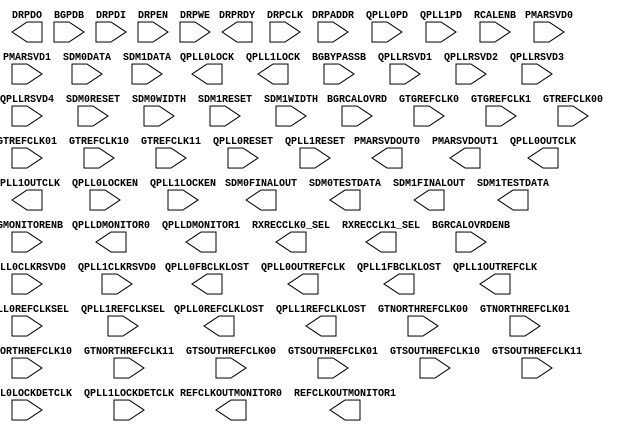
///////////////////////////////////////////////////////////////////////////////
//  Copyright (c) 1995/2015 Xilinx, Inc.
//  All Right Reserved.
///////////////////////////////////////////////////////////////////////////////
//
//   ____   ___
//  /   /\/   / 
// /___/  \  /     Vendor      : Xilinx 
// \   \   \/      Version     : 2015.4
//  \   \          Description : Xilinx Formal Library Component
//  /   /                        
// /___/   /\      Filename    : GTYE3_COMMON.v
// \   \  /  \ 
//  \___\/\___\                    
//                                 
///////////////////////////////////////////////////////////////////////////////
//  Revision:
//
//  End Revision:
///////////////////////////////////////////////////////////////////////////////

`timescale 1 ps / 1 ps 

`celldefine

module GTYE3_COMMON #(
  `ifdef XIL_TIMING //Simprim 
  parameter LOC = "UNPLACED",  
  `endif
  parameter [15:0] A_SDM1DATA1_0 = 16'b0000000000000000,
  parameter [8:0] A_SDM1DATA1_1 = 9'b000000000,
  parameter [15:0] BIAS_CFG0 = 16'h0000,
  parameter [15:0] BIAS_CFG1 = 16'h0000,
  parameter [15:0] BIAS_CFG2 = 16'h0000,
  parameter [15:0] BIAS_CFG3 = 16'h0000,
  parameter [15:0] BIAS_CFG4 = 16'h0000,
  parameter [9:0] BIAS_CFG_RSVD = 10'b0000000000,
  parameter [15:0] COMMON_CFG0 = 16'h0000,
  parameter [15:0] COMMON_CFG1 = 16'h0000,
  parameter [15:0] POR_CFG = 16'h0004,
  parameter [15:0] PPF0_CFG = 16'h0FFF,
  parameter [15:0] PPF1_CFG = 16'h0FFF,
  parameter QPLL0CLKOUT_RATE = "FULL",
  parameter [15:0] QPLL0_CFG0 = 16'h301C,
  parameter [15:0] QPLL0_CFG1 = 16'h0000,
  parameter [15:0] QPLL0_CFG1_G3 = 16'h0020,
  parameter [15:0] QPLL0_CFG2 = 16'h0780,
  parameter [15:0] QPLL0_CFG2_G3 = 16'h0780,
  parameter [15:0] QPLL0_CFG3 = 16'h0120,
  parameter [15:0] QPLL0_CFG4 = 16'h0021,
  parameter [9:0] QPLL0_CP = 10'b0000011111,
  parameter [9:0] QPLL0_CP_G3 = 10'b0000011111,
  parameter integer QPLL0_FBDIV = 66,
  parameter integer QPLL0_FBDIV_G3 = 80,
  parameter [15:0] QPLL0_INIT_CFG0 = 16'h0000,
  parameter [7:0] QPLL0_INIT_CFG1 = 8'h00,
  parameter [15:0] QPLL0_LOCK_CFG = 16'h01E8,
  parameter [15:0] QPLL0_LOCK_CFG_G3 = 16'h21E8,
  parameter [9:0] QPLL0_LPF = 10'b1111111111,
  parameter [9:0] QPLL0_LPF_G3 = 10'b1111111111,
  parameter integer QPLL0_REFCLK_DIV = 2,
  parameter [15:0] QPLL0_SDM_CFG0 = 16'h0040,
  parameter [15:0] QPLL0_SDM_CFG1 = 16'h0000,
  parameter [15:0] QPLL0_SDM_CFG2 = 16'h0000,
  parameter QPLL1CLKOUT_RATE = "FULL",
  parameter [15:0] QPLL1_CFG0 = 16'h301C,
  parameter [15:0] QPLL1_CFG1 = 16'h0000,
  parameter [15:0] QPLL1_CFG1_G3 = 16'h0020,
  parameter [15:0] QPLL1_CFG2 = 16'h0780,
  parameter [15:0] QPLL1_CFG2_G3 = 16'h0780,
  parameter [15:0] QPLL1_CFG3 = 16'h0120,
  parameter [15:0] QPLL1_CFG4 = 16'h0021,
  parameter [9:0] QPLL1_CP = 10'b0000011111,
  parameter [9:0] QPLL1_CP_G3 = 10'b0000011111,
  parameter integer QPLL1_FBDIV = 66,
  parameter integer QPLL1_FBDIV_G3 = 80,
  parameter [15:0] QPLL1_INIT_CFG0 = 16'h0000,
  parameter [7:0] QPLL1_INIT_CFG1 = 8'h00,
  parameter [15:0] QPLL1_LOCK_CFG = 16'h01E8,
  parameter [15:0] QPLL1_LOCK_CFG_G3 = 16'h21E8,
  parameter [9:0] QPLL1_LPF = 10'b1111111111,
  parameter [9:0] QPLL1_LPF_G3 = 10'b1111111111,
  parameter integer QPLL1_REFCLK_DIV = 2,
  parameter [15:0] QPLL1_SDM_CFG0 = 16'h0040,
  parameter [15:0] QPLL1_SDM_CFG1 = 16'h0000,
  parameter [15:0] QPLL1_SDM_CFG2 = 16'h0000,
  parameter [15:0] RSVD_ATTR0 = 16'h0000,
  parameter [15:0] RSVD_ATTR1 = 16'h0000,
  parameter [15:0] RSVD_ATTR2 = 16'h0000,
  parameter [15:0] RSVD_ATTR3 = 16'h0000,
  parameter [1:0] RXRECCLKOUT0_SEL = 2'b00,
  parameter [1:0] RXRECCLKOUT1_SEL = 2'b00,
  parameter [0:0] SARC_EN = 1'b1,
  parameter [0:0] SARC_SEL = 1'b0,
  parameter [15:0] SDM0INITSEED0_0 = 16'b0000000000000000,
  parameter [8:0] SDM0INITSEED0_1 = 9'b000000000,
  parameter [15:0] SDM1INITSEED0_0 = 16'b0000000000000000,
  parameter [8:0] SDM1INITSEED0_1 = 9'b000000000,
  parameter SIM_MODE = "FAST",
  parameter SIM_RESET_SPEEDUP = "TRUE",
  parameter integer SIM_VERSION = 2
)(
  output [15:0] DRPDO,
  output DRPRDY,
  output [7:0] PMARSVDOUT0,
  output [7:0] PMARSVDOUT1,
  output QPLL0FBCLKLOST,
  output QPLL0LOCK,
  output QPLL0OUTCLK,
  output QPLL0OUTREFCLK,
  output QPLL0REFCLKLOST,
  output QPLL1FBCLKLOST,
  output QPLL1LOCK,
  output QPLL1OUTCLK,
  output QPLL1OUTREFCLK,
  output QPLL1REFCLKLOST,
  output [7:0] QPLLDMONITOR0,
  output [7:0] QPLLDMONITOR1,
  output REFCLKOUTMONITOR0,
  output REFCLKOUTMONITOR1,
  output [1:0] RXRECCLK0_SEL,
  output [1:0] RXRECCLK1_SEL,
  output [3:0] SDM0FINALOUT,
  output [14:0] SDM0TESTDATA,
  output [3:0] SDM1FINALOUT,
  output [14:0] SDM1TESTDATA,

  input BGBYPASSB,
  input BGMONITORENB,
  input BGPDB,
  input [4:0] BGRCALOVRD,
  input BGRCALOVRDENB,
  input [9:0] DRPADDR,
  input DRPCLK,
  input [15:0] DRPDI,
  input DRPEN,
  input DRPWE,
  input GTGREFCLK0,
  input GTGREFCLK1,
  input GTNORTHREFCLK00,
  input GTNORTHREFCLK01,
  input GTNORTHREFCLK10,
  input GTNORTHREFCLK11,
  input GTREFCLK00,
  input GTREFCLK01,
  input GTREFCLK10,
  input GTREFCLK11,
  input GTSOUTHREFCLK00,
  input GTSOUTHREFCLK01,
  input GTSOUTHREFCLK10,
  input GTSOUTHREFCLK11,
  input [7:0] PMARSVD0,
  input [7:0] PMARSVD1,
  input QPLL0CLKRSVD0,
  input QPLL0LOCKDETCLK,
  input QPLL0LOCKEN,
  input QPLL0PD,
  input [2:0] QPLL0REFCLKSEL,
  input QPLL0RESET,
  input QPLL1CLKRSVD0,
  input QPLL1LOCKDETCLK,
  input QPLL1LOCKEN,
  input QPLL1PD,
  input [2:0] QPLL1REFCLKSEL,
  input QPLL1RESET,
  input [7:0] QPLLRSVD1,
  input [4:0] QPLLRSVD2,
  input [4:0] QPLLRSVD3,
  input [7:0] QPLLRSVD4,
  input RCALENB,
  input [24:0] SDM0DATA,
  input SDM0RESET,
  input [1:0] SDM0WIDTH,
  input [24:0] SDM1DATA,
  input SDM1RESET,
  input [1:0] SDM1WIDTH
);

endmodule

`endcelldefine